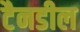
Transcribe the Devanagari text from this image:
टैनडील